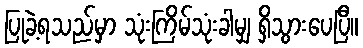
ပြုခဲ့ရသည်မှာ သုံးကြိမ်သုံးခါမျှ ရှိသွားပေပြီ။